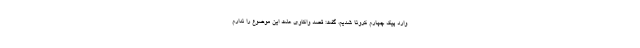
وارد پیک چهارم کرونا شدیم، گفت: قصد واکاوی علت این موضوع را ندارم